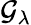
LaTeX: \mathcal{G}_{\lambda}